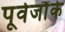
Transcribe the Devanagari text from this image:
पूर्वजौंके